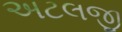
અટલજી